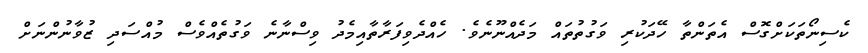
ކެސިނޯތަކަށްގޮސް އެތަންތާ ހޭދަކުރި ވަގުތުތައް މަދެއްނޫނެވެ. ހެއްދެވިފަރާތާއިމެދު ވިސްނާނެ ވަގުތެއްވެސް މުއްސަދި ޒުވާނުންނަށް